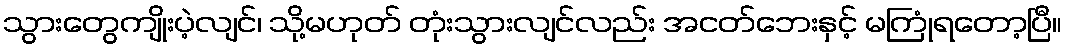
သွားတွေကျိုးပဲ့လျင်၊ သို့မဟုတ် တုံးသွားလျင်လည်း အငတ်ဘေးနှင့် မကြုံရတော့ပြီ။